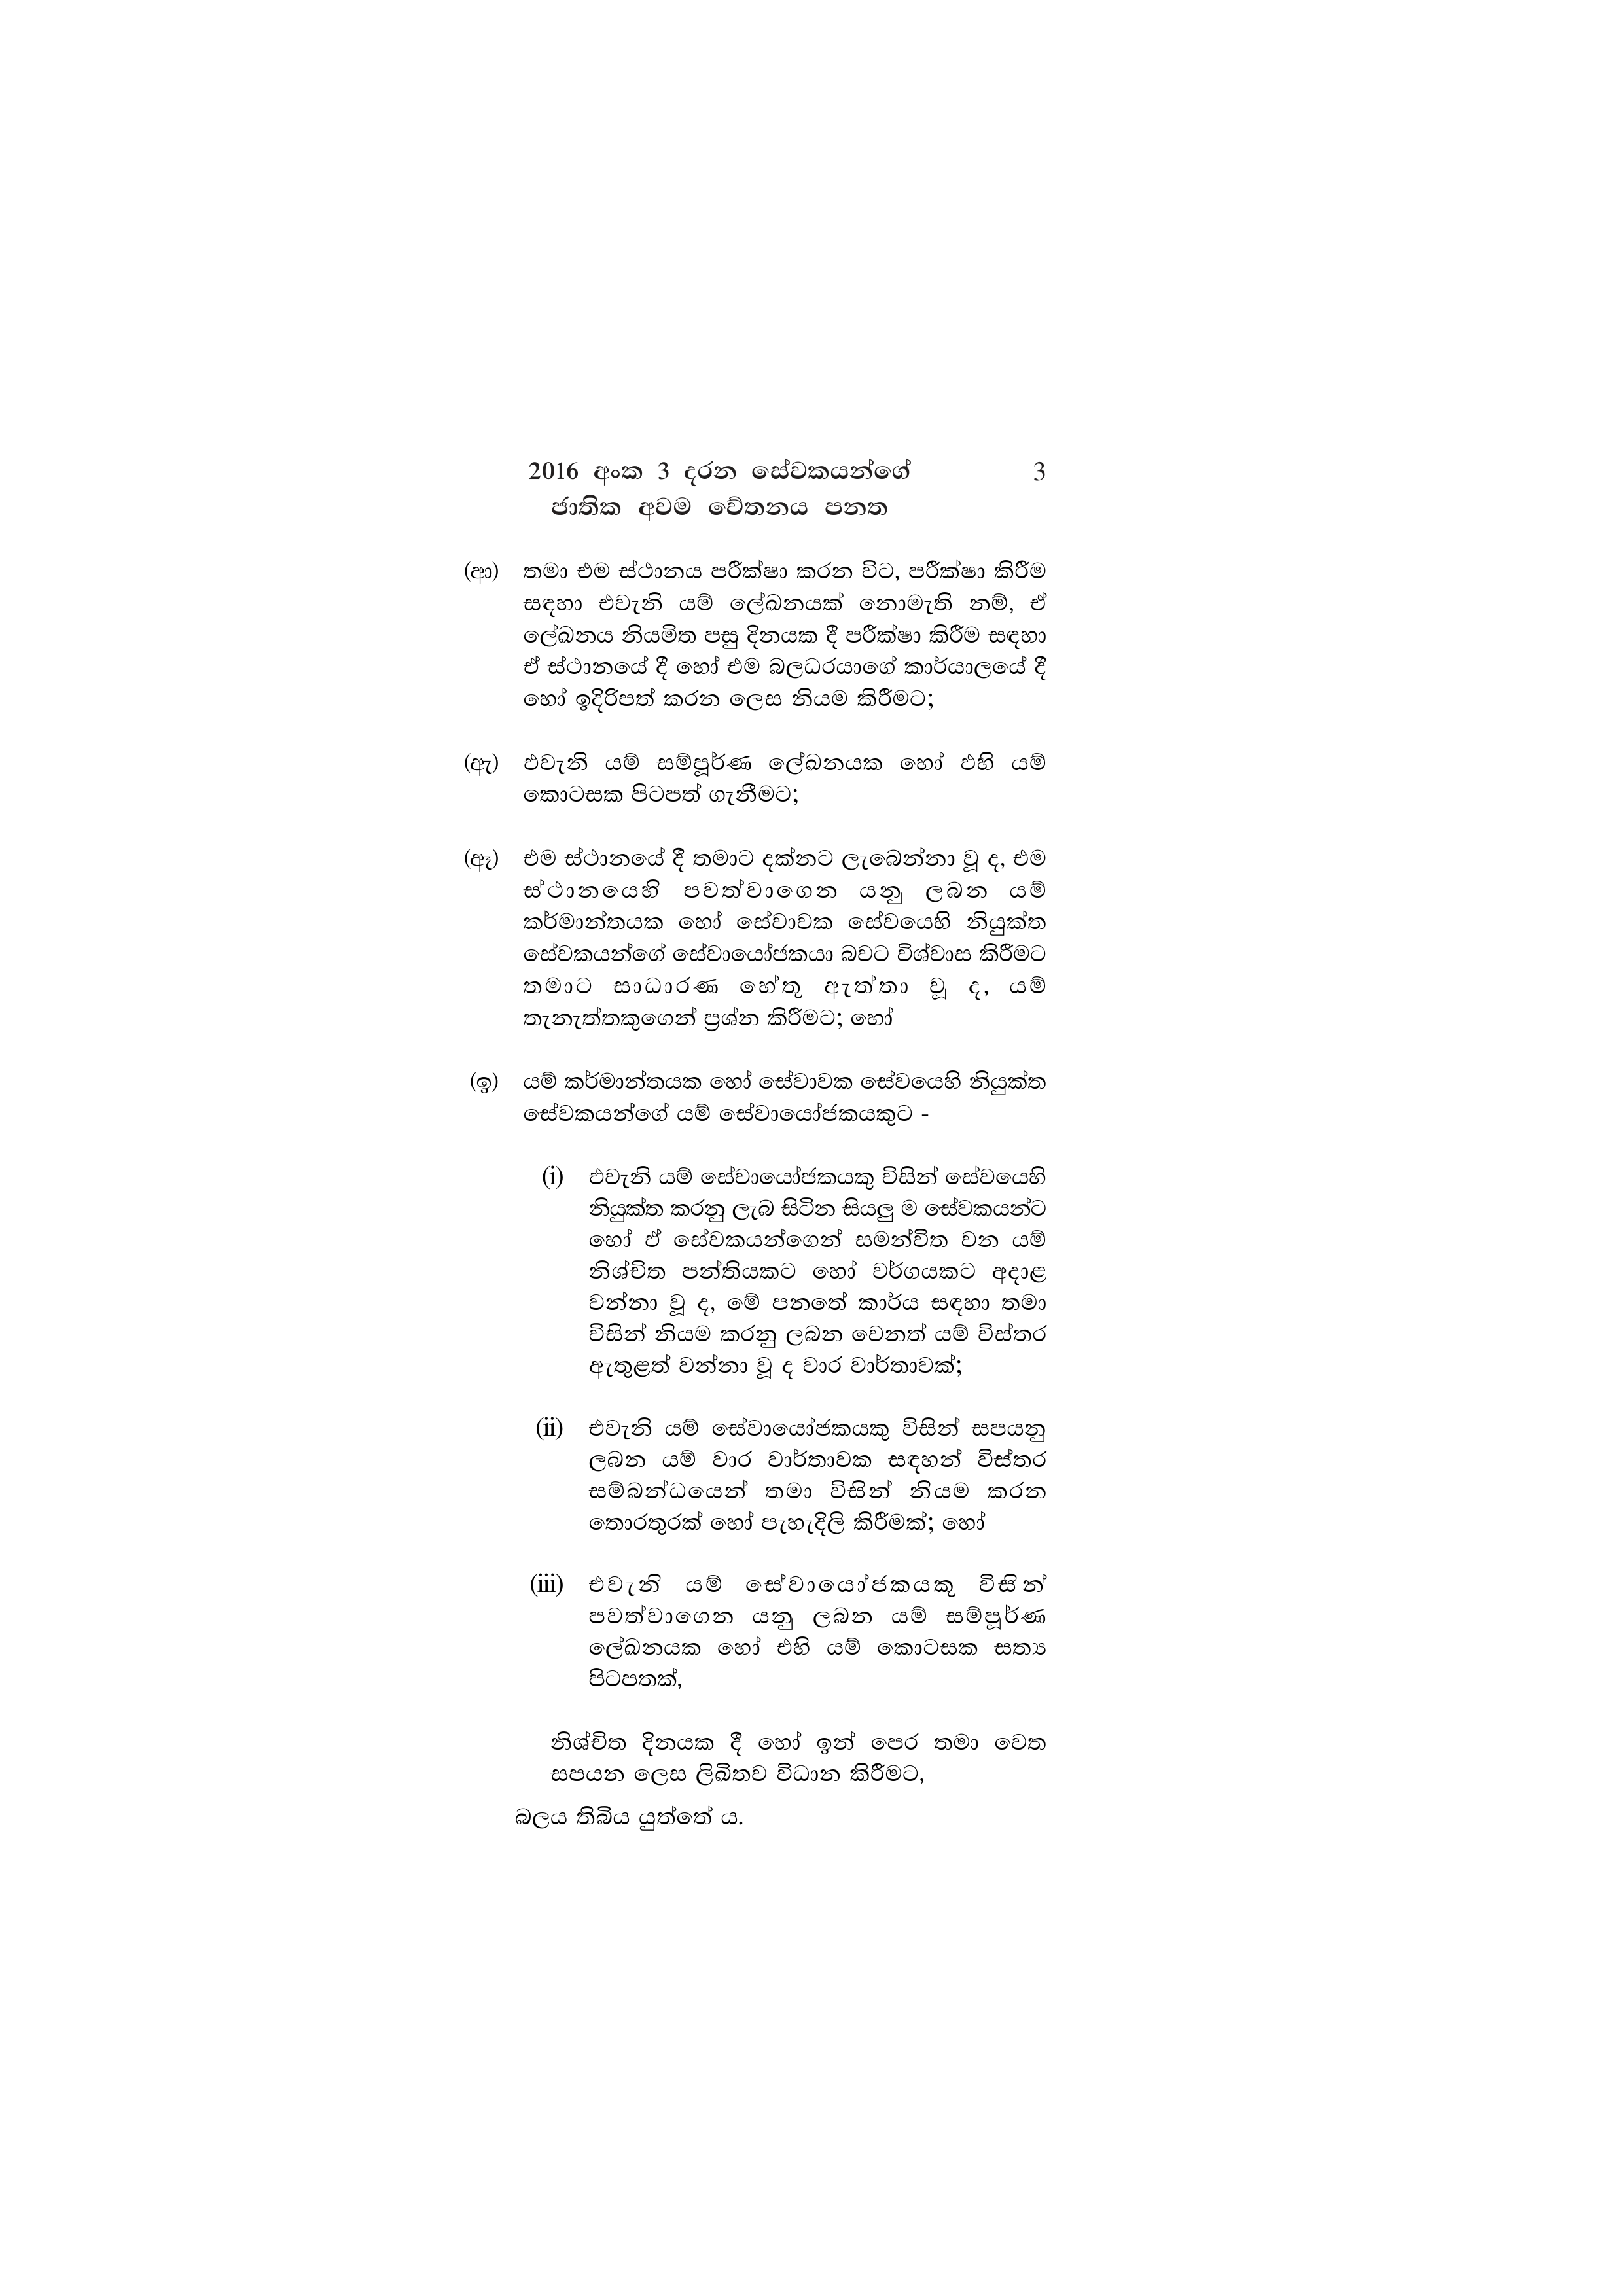
2016 අංක 3 දරන සේවකයන්ගේ 3
ජාතික අවම වේතනය පනත

(ආ) තමා එම ස්ථානය පරීක්ෂා කරන විට, පරීක්ෂා කිරීම
සඳහා එවැනි යම් ලේඛනයක් නොමැති නම්, ඒ
ලේඛනය නියමිත පසු දිනයක දී පරීක්ෂා කිරීම සඳහා
ඒ ස්ථානයේ දී හෝ එම බලධරයාගේ කාර්යාලයේ දී
හෝ ඉදිරිපත් කරන ලෙස නියම කිරීමට;

(ඇ) එවැනි යම් සම්පූර්ණ ලේඛනයක හෝ එහි යම්
කොටසක පිටපත් ගැනීමට;

(ඈ) එම ස්ථානයේ දී තමාට දක්නට ලැබෙන්නා වූ ද, එම
ස්ථානයෙහි පවත්වාගෙන යනු ලබන යම්
කර්මාන්තයක හෝ සේවාවක සේවයෙහි නියුක්ත
සේවකයන්ගේ සේවායෝජකයා බවට විශ්වාස කිරීමට
තමාට සාධාරණ හේතු ඇත්තා වූ ද, යම්
තැනැත්තකුගෙන් ප්‍රශ්න කිරීමට; හෝ

(ඉ) යම් කර්මාන්තයක හෝ සේවාවක සේවයෙහි නියුක්ත
සේවකයන්ගේ යම් සේවායෝජකයකුට -

(i) එවැනි යම් සේවායෝජකයකු විසින් සේවයෙහි
නියුක්ත කරනු ලැබ සිටින සියලු ම සේවකයන්ට
හෝ ඒ සේවකයන්ගෙන් සමන්විත වන යම්
නිශ්චිත පන්තියකට හෝ වර්ගයකට අදාළ
වන්නා වූ ද, මේ පනතේ කාර්ය සඳහා තමා
විසින් නියම කරනු ලබන වෙනත් යම් විස්තර
ඇතුළත් වන්නා වූ ද වාර වාර්තාවක්;

(ii) එවැනි යම් සේවායෝජකයකු විසින් සපයනු
ලබන යම් වාර වාර්තාවක සඳහන් විස්තර
සම්බන්ධයෙන් තමා විසින් නියම කරන
තොරතුරක් හෝ පැහැදිලි කිරීමක්; හෝ

(iii) එවැනි යම් සේවායෝජකයකු විසින්
පවත්වාගෙන යනු ලබන යම් සම්පූර්ණ
ලේඛනයක හෝ එහි යම් කොටසක සත්‍ය
පිටපතක්,

නිශ්චිත දිනයක දී හෝ ඉන් පෙර තමා වෙත
සපයන ලෙස ලිඛිතව විධාන කිරීමට,

බලය තිබිය යුත්තේ ය.